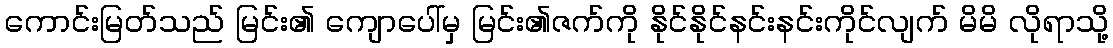
ကောင်းမြတ်သည် မြင်း၏ ကျောပေါ်မှ မြင်း၏ဇက်ကို နိုင်နိုင်နင်းနင်းကိုင်လျက် မိမိ လိုရာသို့